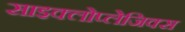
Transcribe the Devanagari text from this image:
साइक्लोप्लेजिक्स